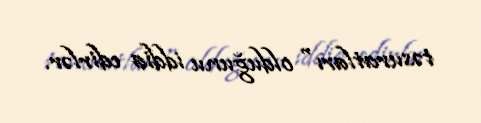
təsuratları" olduğunu iddia edirlər.